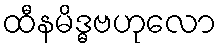
ထီနမိဒ္ဓဗဟုလော